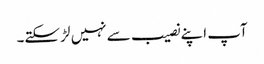
آپ اپنے نصیب سے نہیں لڑ سکتے۔